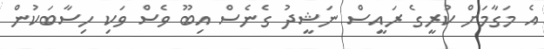
އެ މަގާމަށް ކުރީގެ ރައީސް ނަޝީދު ގެނެސް އިބޫ ވެސް ވަކި ހިސާބަކުން